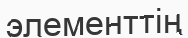
элементтің